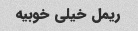
ریمل خیلی خوبیه